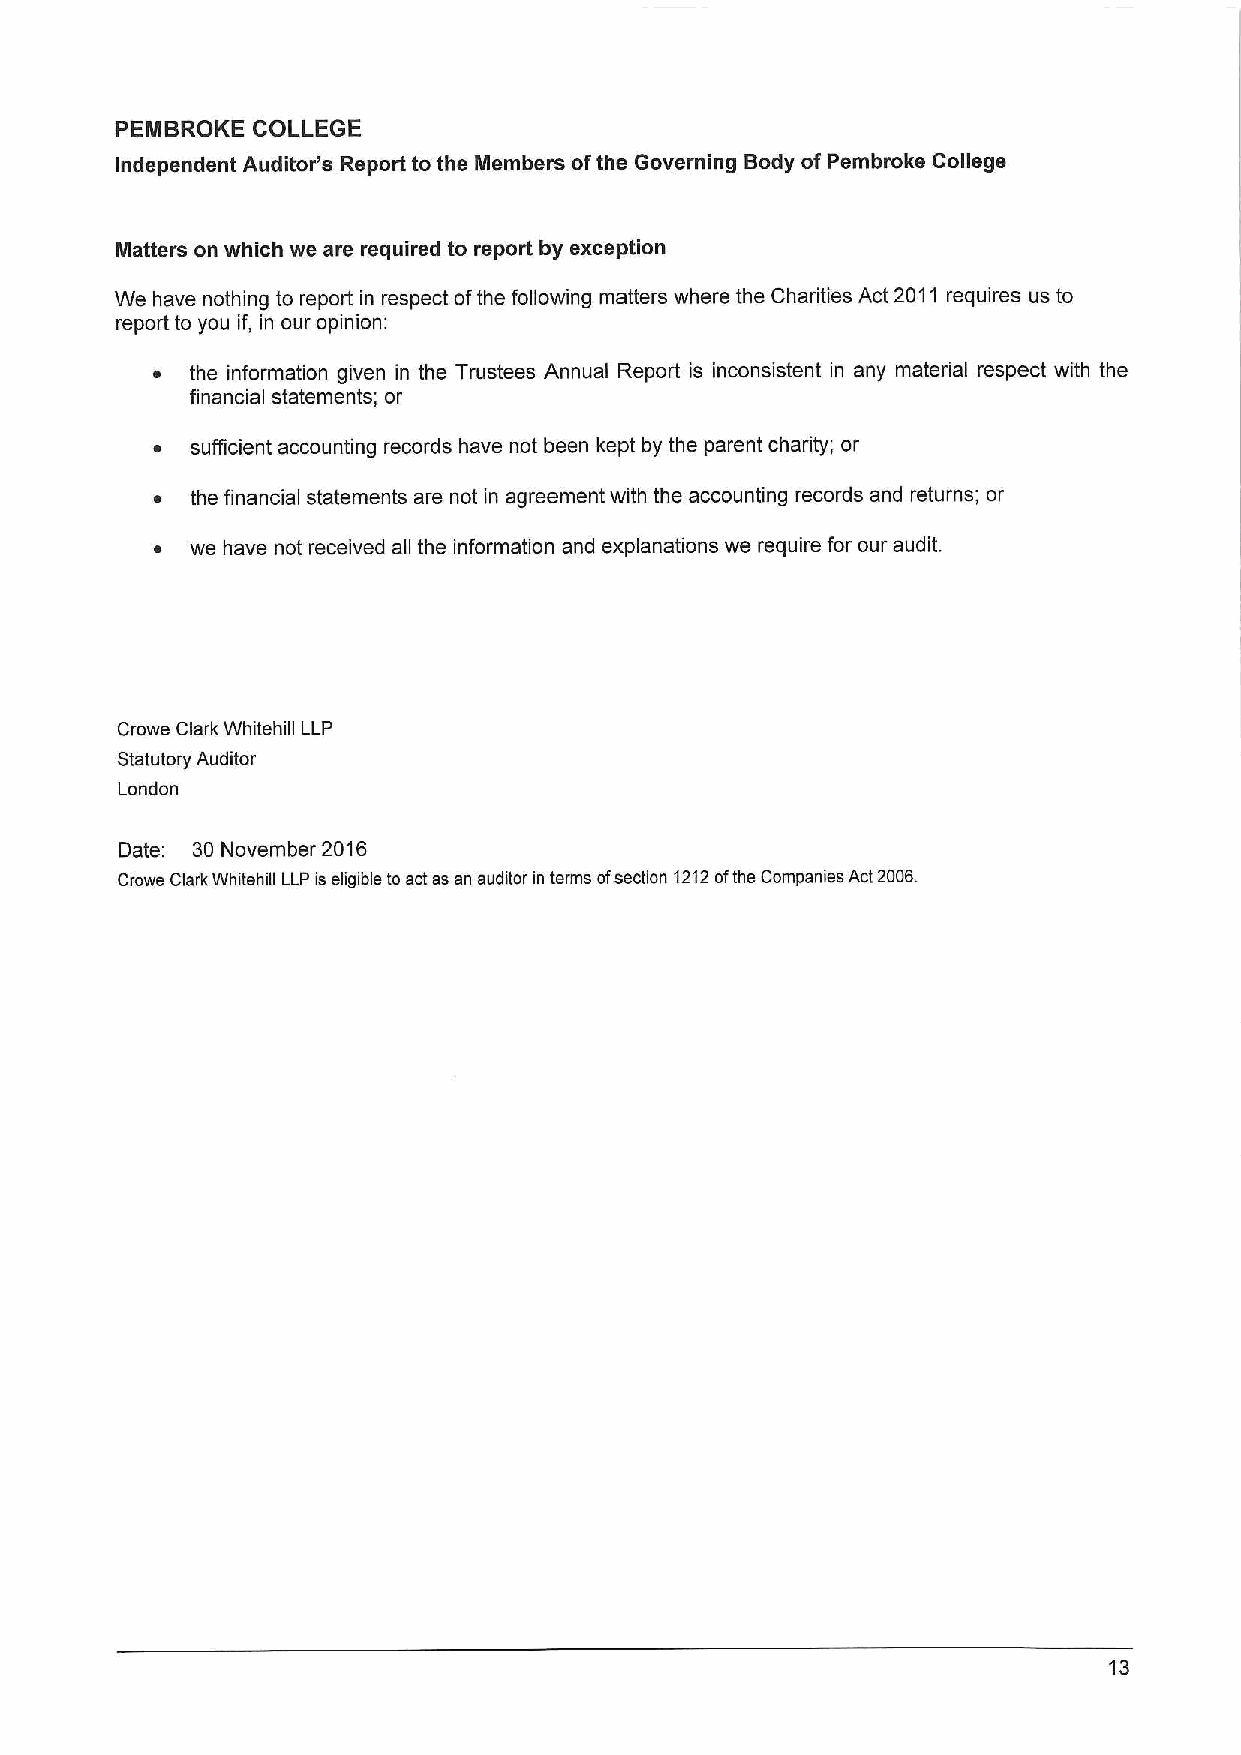
PEMBROKE COLLEGE
 Independent Auditor's Report to the Members ofthe Governing Body of Pembroke College
 Matters on which we are required to report by exception
 We have nothing to report in respect ofthe following matters where the Charities Act 2011 requires us to
 report to you if, in our opinion:
 ~  the information given in the Trustees Annual Report is inconsistent in any material respect with the
 financial statements; or
 ~  sufficient accounting records have not been kept by the parent charity; or
 ~  the financial statements are not in agreement with the accounting records and returns; or
 ~  we have not received all the information and explanations we require for our audit.
 Crowe Clark Whitehill LLP
 Statutory Auditor
 London
 Date; 30 November 2016
 Crowe Clark Whitehill LLP is eligible to actas an auditor in terms ofsection 1212ofthe Companies Act2006.